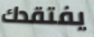
يفتقدك